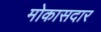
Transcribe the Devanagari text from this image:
मोकासदार